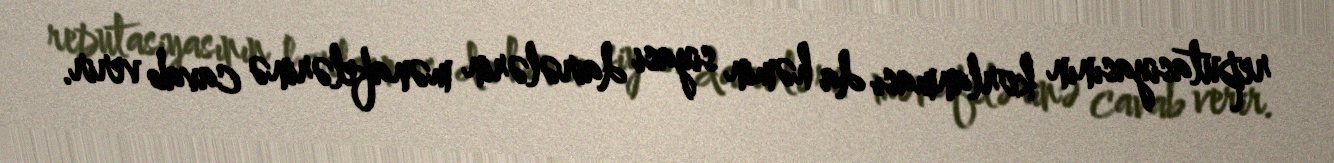
reputasiyasının korlanması da həmin siyasi dairələrin mənafelərinə cavab verir.